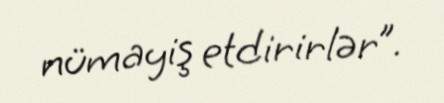
nümayiş etdirirlər”.